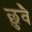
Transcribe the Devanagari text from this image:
छुवै